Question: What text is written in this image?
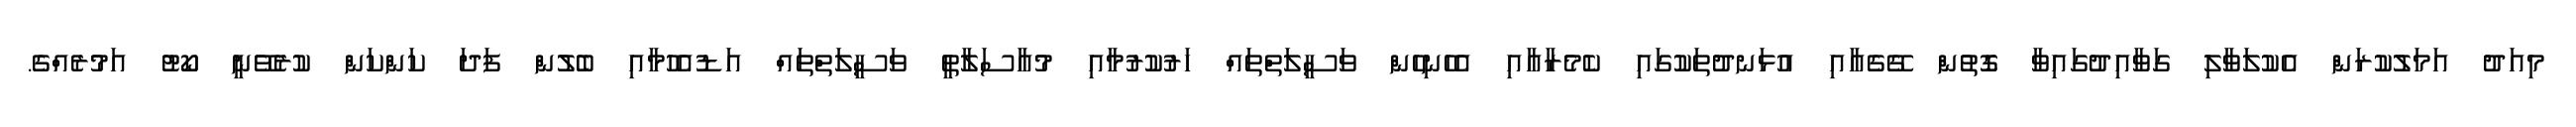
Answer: މިއަދު އަމަލުކުރަން އެކުލަވާލި ގަވާއިދުގައިވާ ގޮތުން ގޭގެއާއި އުޅަނދުތަކުގައި ކެމެރާއާއި އެހެނިހެން ވަސީލަތްތައް ހަރުކުރުމާއި މުއާސަލާތީ ވަސީލަތްތައް އަޑުއެހުމާއި ބެލުން ފަދަ ކަންކަން ކުރެވޭނީ ކޯޓު އަމުރެއްގެ.